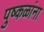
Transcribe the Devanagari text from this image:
पुष्कळांना